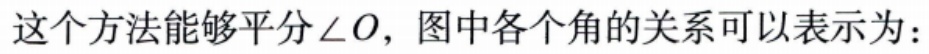
这个方法能够平分\(\angle O\)，图中各个角的关系可以表示为：